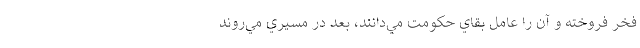
فخر فروخته و آن را عامل بقاي حكومت مي‌دانند، بعد در مسيري مي‌روند